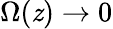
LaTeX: \Omega(\mathit{z})\to0